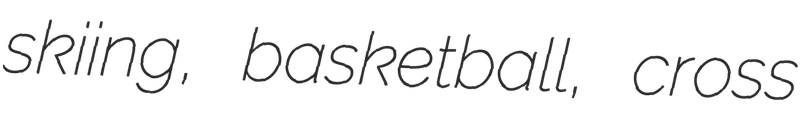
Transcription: skiing, basketball, cross